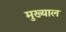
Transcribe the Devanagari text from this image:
मुख्याल